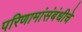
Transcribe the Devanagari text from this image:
परिणामांसंबंधीचे